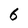
Character: 6